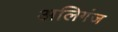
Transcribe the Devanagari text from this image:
अलिगंज